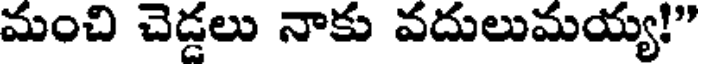
మంచి చెడ్డలు నాకు వదులుమయ్య!"